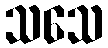
သသေ